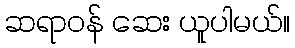
ဆရာဝန် ဆေး ယူပါမယ်။